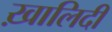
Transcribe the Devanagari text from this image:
ख़ालिदी